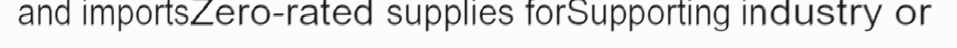
and importsZero-rated supplies forSupporting industry or